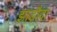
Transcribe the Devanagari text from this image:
झाड़ौदा